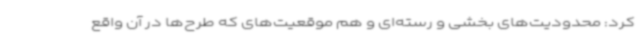
کرد: محدودیت‌های بخشی و رسته‌ای و هم موقعیت‌های که طرح‌ها در آن واقع